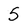
Character: 5